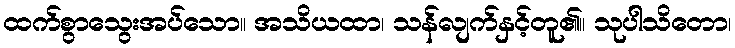
ထက်စွာသွေးအပ်သော။ အသိယထာ၊ သန်လျက်နှင့်တူ၏။ သုပါသိတော၊